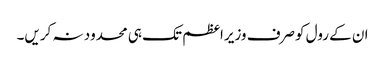
ان کے رول کوصرف وزیراعظم تک ہی محدود نہ کریں۔